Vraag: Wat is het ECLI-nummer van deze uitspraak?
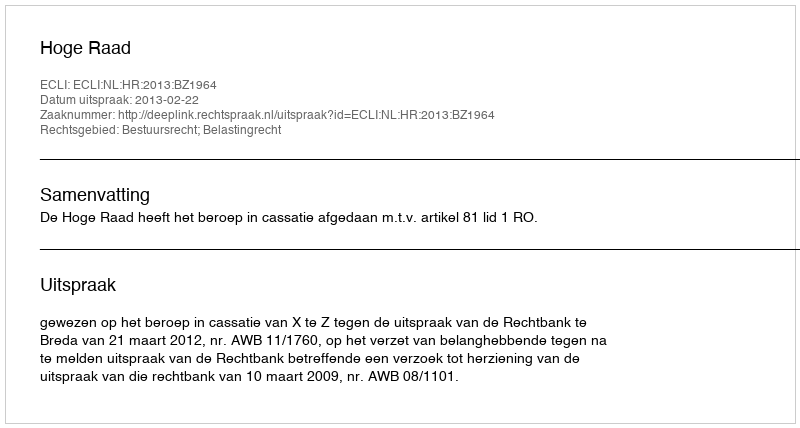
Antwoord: ECLI:NL:HR:2013:BZ1964